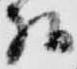
様